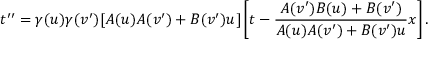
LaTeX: t ^ { \prime \prime } = \gamma ( u ) \gamma ( v ^ { \prime } ) [ A ( u ) A ( v ^ { \prime } ) + B ( v ^ { \prime } ) u ] \left[ t - \frac { A ( v ^ { \prime } ) B ( u ) + B ( v ^ { \prime } ) } { A ( u ) A ( v ^ { \prime } ) + B ( v ^ { \prime } ) u } x \right] .